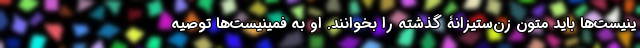
ینیست‌ها باید متون زن‌ستیزانۀ گذشته را بخوانند. او به فمینیست‌ها توصیه